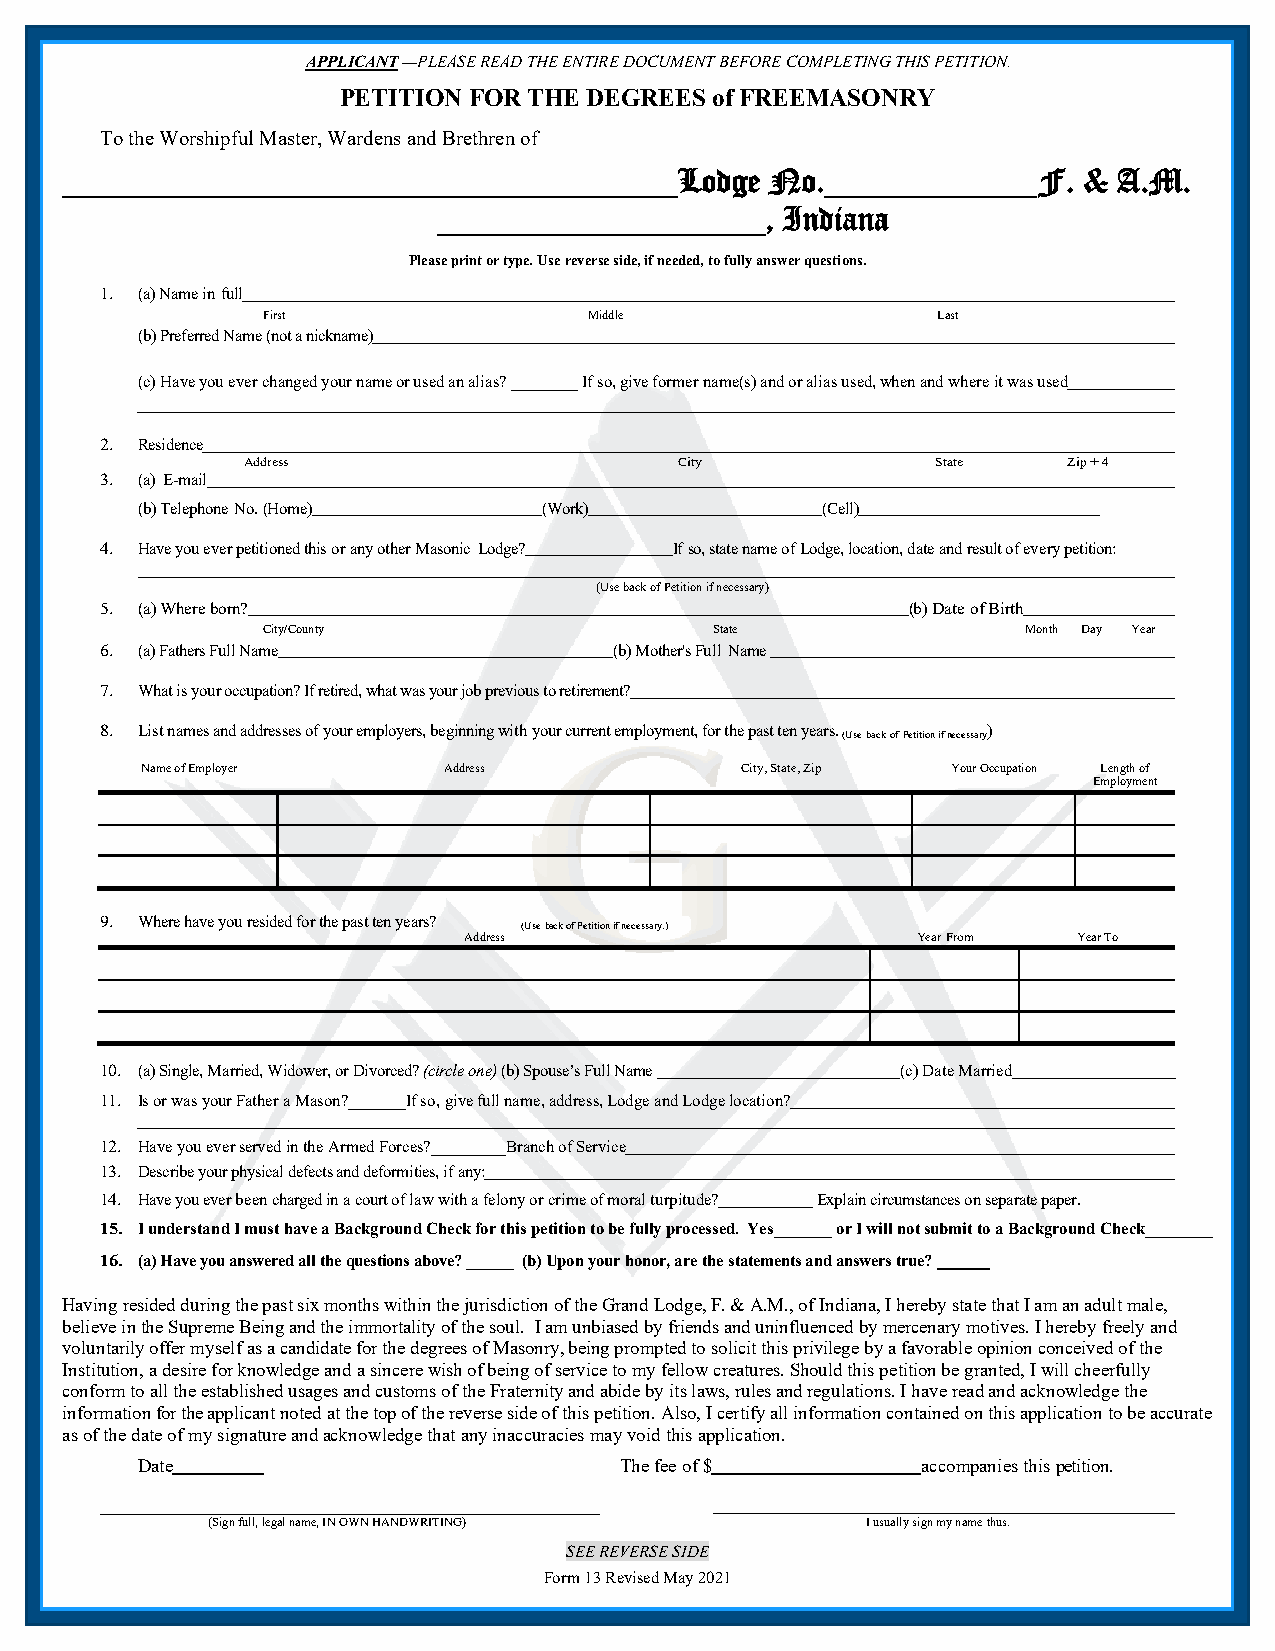
APPLICANT —PLEASE READ THE ENTIRE DOCUMENT BEFORE COMPLETING THIS PETITION.
 PETITION FOR THE DEGREES of FREEMASONRY
 To the Worshipful Master, Wardens and Brethren of
 Lodge No.               F. & A.M.
 , Indiana
 Please print or type. Use reverse side, if needed, to fully answer questions.
 1. (a) Name in full
 First                 Middle                 Last
 (b) Preferred Name (not a nickname)
 (c) Have you ever changed your name or used an alias? ________ If so, give former name(s) and or alias used, when and where it was used
 2. Residence
 Address                      City             State    Zip + 4
 3. (a) E-mail
 (b) Telephone No. (Home)   (Work)            (Cell)
 4. Have you ever petitioned this or any other Masonic Lodge? If so, state name of Lodge, location, date and result of every petition:
 (Use back of Petition if necessary)
 5. (a) Where born?                                   (b) Date of Birth
 City/County                   State                Month Day Year
 6. (a) Fathers Full Name          (b) Mother's Full Name
 7. What is your occupation? If retired, what was your job previous to retirement?
 8. List names and addresses of your employers, beginning with your current employment, for the past ten years.
 (Use back of Petition if
 necessary)
 Name of Employer    Address             City, State, Zip Your Occupation Length of
 Employment
 9. Where have you resided for the past ten years?
 (Use back of Petition if necessary.)
 Address                       Year From Year To
 10. (a) Single, Married, Widower, or Divorced? (circle one) (b) Spouse’s Full Name (c) Date Married
 11. Is or was your Father a Mason?_______If so, give full name, address, Lodge and Lodge location?
 12. Have you ever served in the Armed Forces?_________Branch of Service
 13. Describe your physical defects and deformities, if any:
 14. Have you ever been charged in a court of law with a felony or crime of moral turpitude? Explain circumstances on separate paper.
 15. I understand I must have a Background Check for this petition to be fully processed. Yes_______ or I will not submit to a Background Check________
 16. (a) Have you answered all the questions above? ______ (b) Upon your honor, are the statements and answers true?
 Having resided during the past six months within the jurisdiction of the Grand Lodge, F. & A.M., of Indiana, I hereby state that I am an adult male,
 believe in the Supreme Being and the immortality of the soul. I am unbiased by friends and uninfluenced by mercenary motives. I hereby freely and
 voluntarily offer myself as a candidate for the degrees of Masonry, being prompted to solicit this privilege by a favorable opinion conceived of the
 Institution, a desire for knowledge and a sincere wish of being of service to my fellow creatures. Should this petition be granted, I will cheerfully
 conform to all the established usages and customs of the Fraternity and abide by its laws, rules and regulations. I have read and acknowledge the
 information for the applicant noted at the top of the reverse side of this petition. Also, I certify all information contained on this application to be accurate
 as of the date of my signature and acknowledge that any inaccuracies may void this application.
 Date                            The fee of $        accompanies this petition.
 (Sign full, legal name, IN OWN HANDWRITING) I usually sign my name thus.
 SEE REVERSE SIDE
 Form 13 Revised May 2021